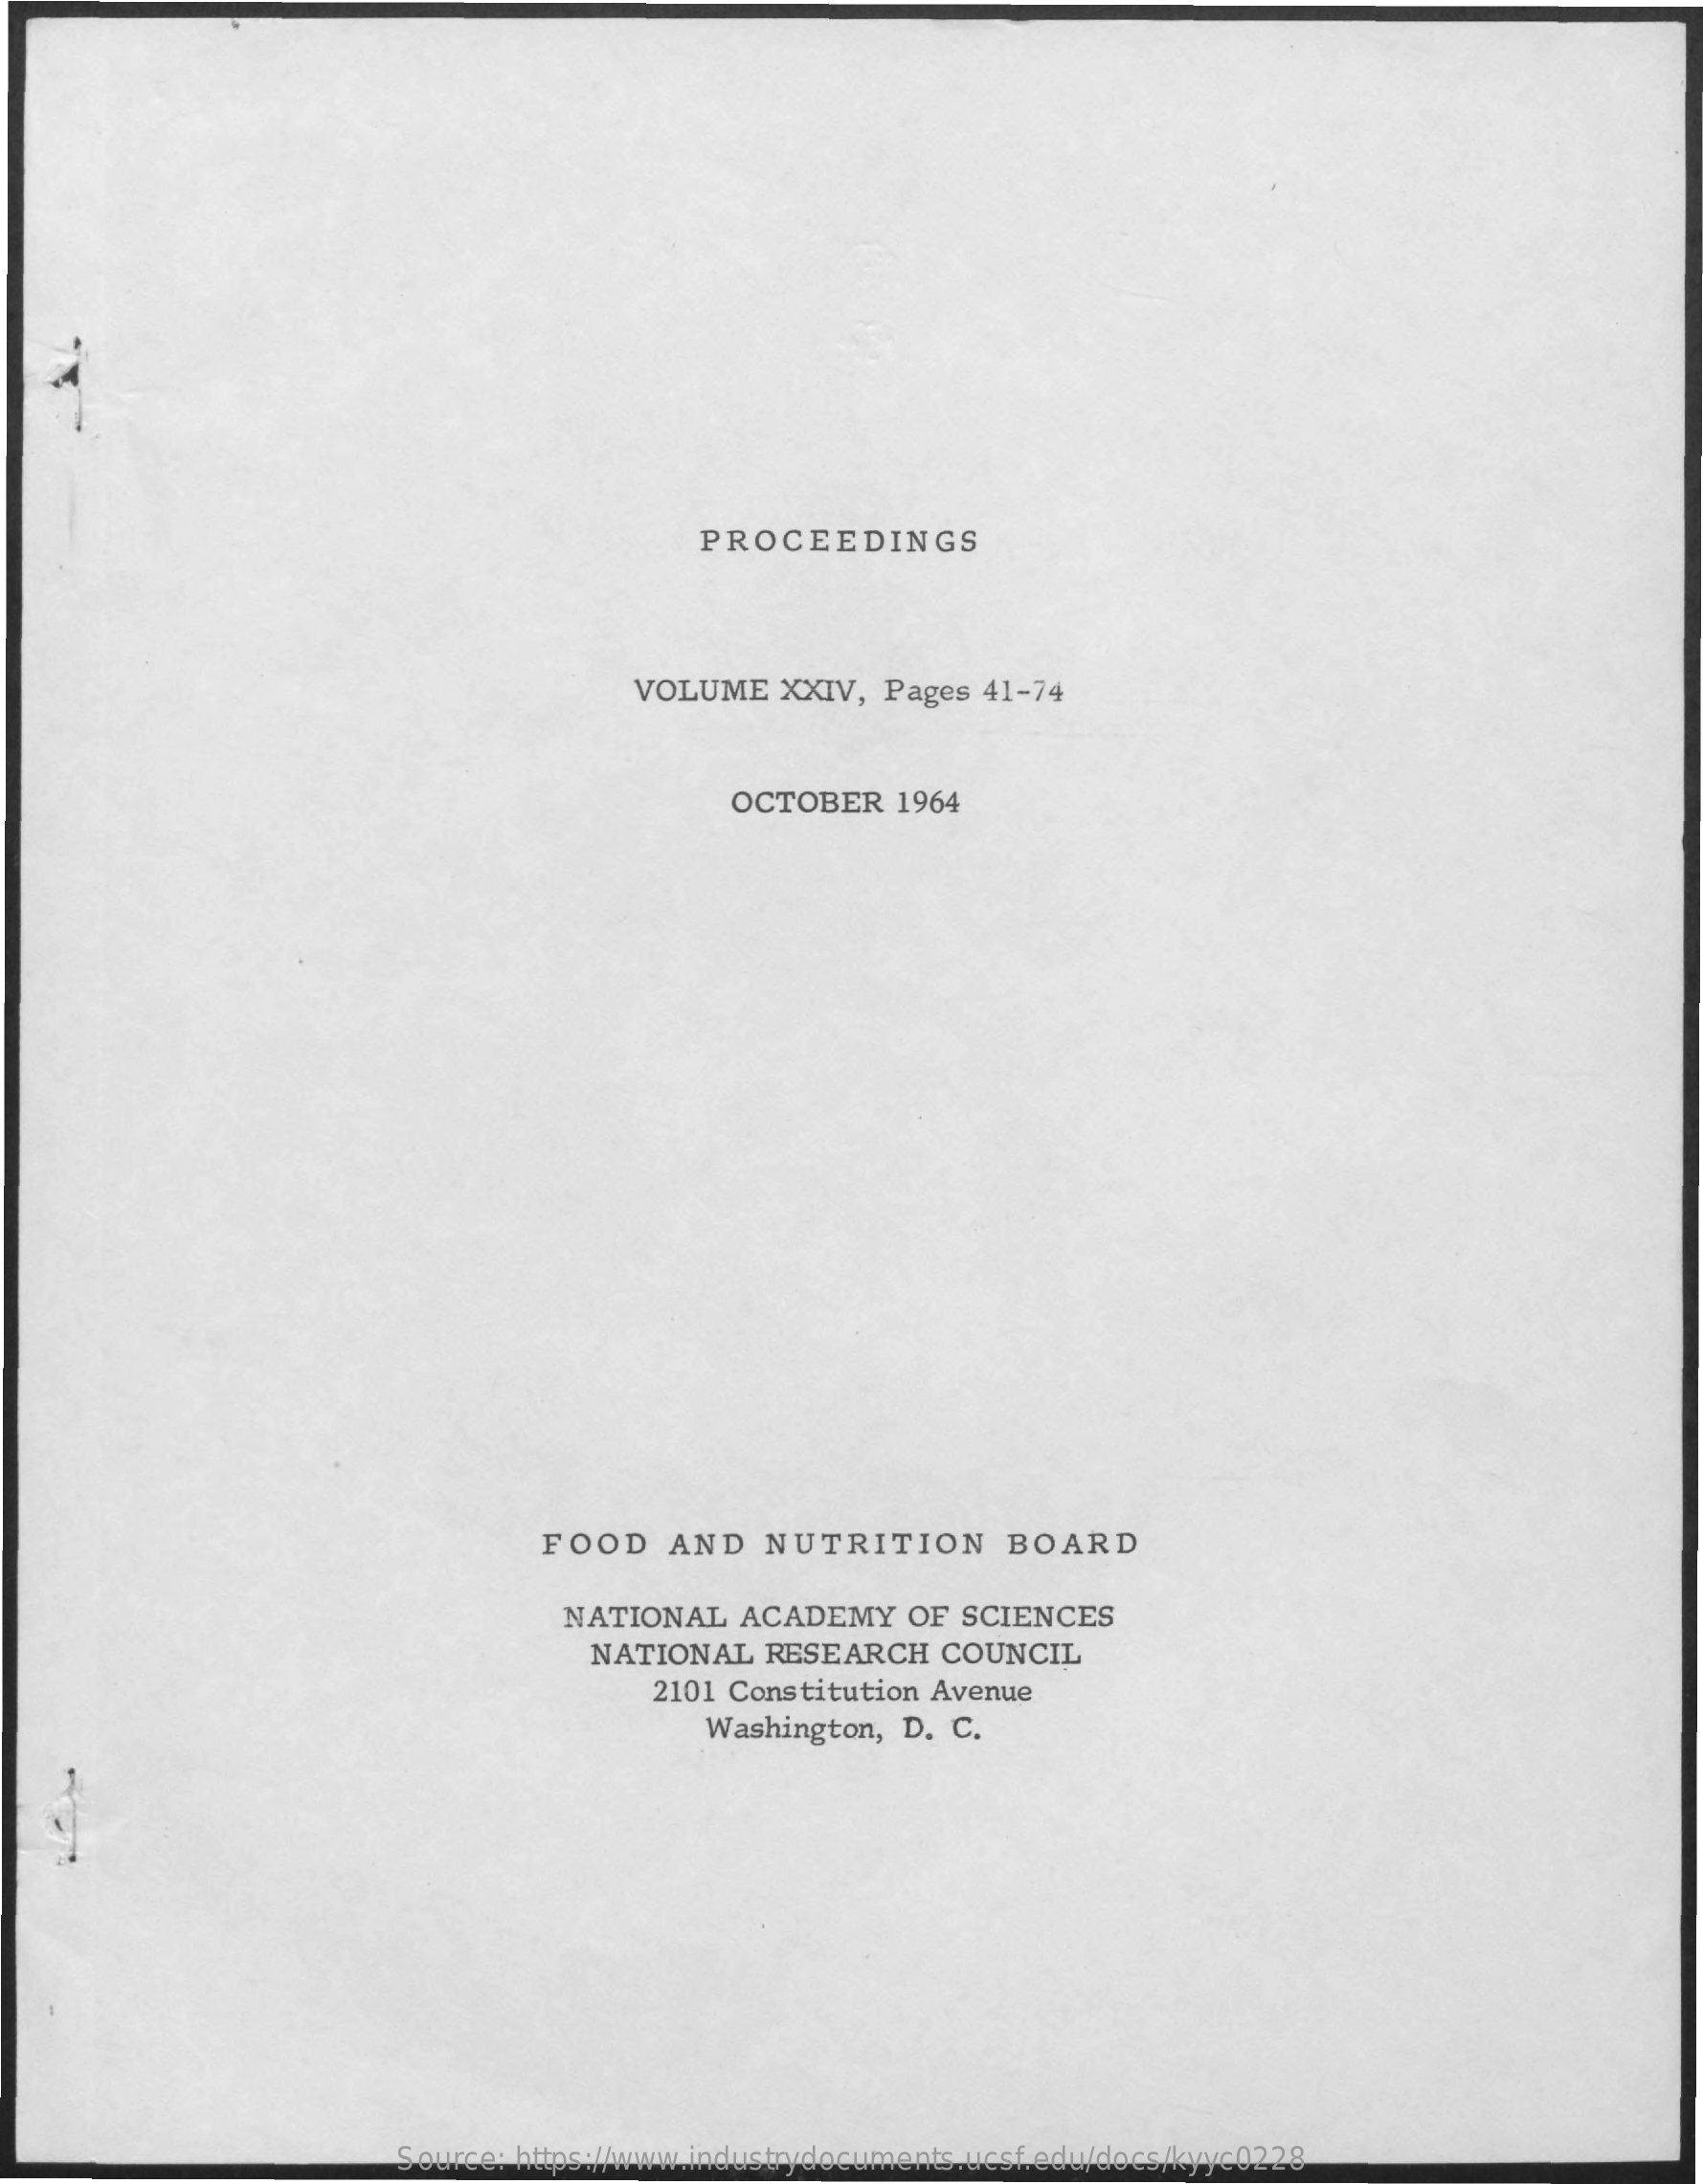
PROCEEDINGS
     VOLUME   XXIV, Pages  41-74
     OCTOBER   1964
     FOOD   AND    NUTRITION    BOARD
     NATIONAL   ACADEMY    OF  SCIENCES
     NATIONAL   RESEARCH   COUNCIL
     2101 Constitution Avenue
     Washington,  D. C.
     Source: https://www.industrydocuments.ucsf.edu/docs/kyyc0228